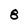
Character: 8